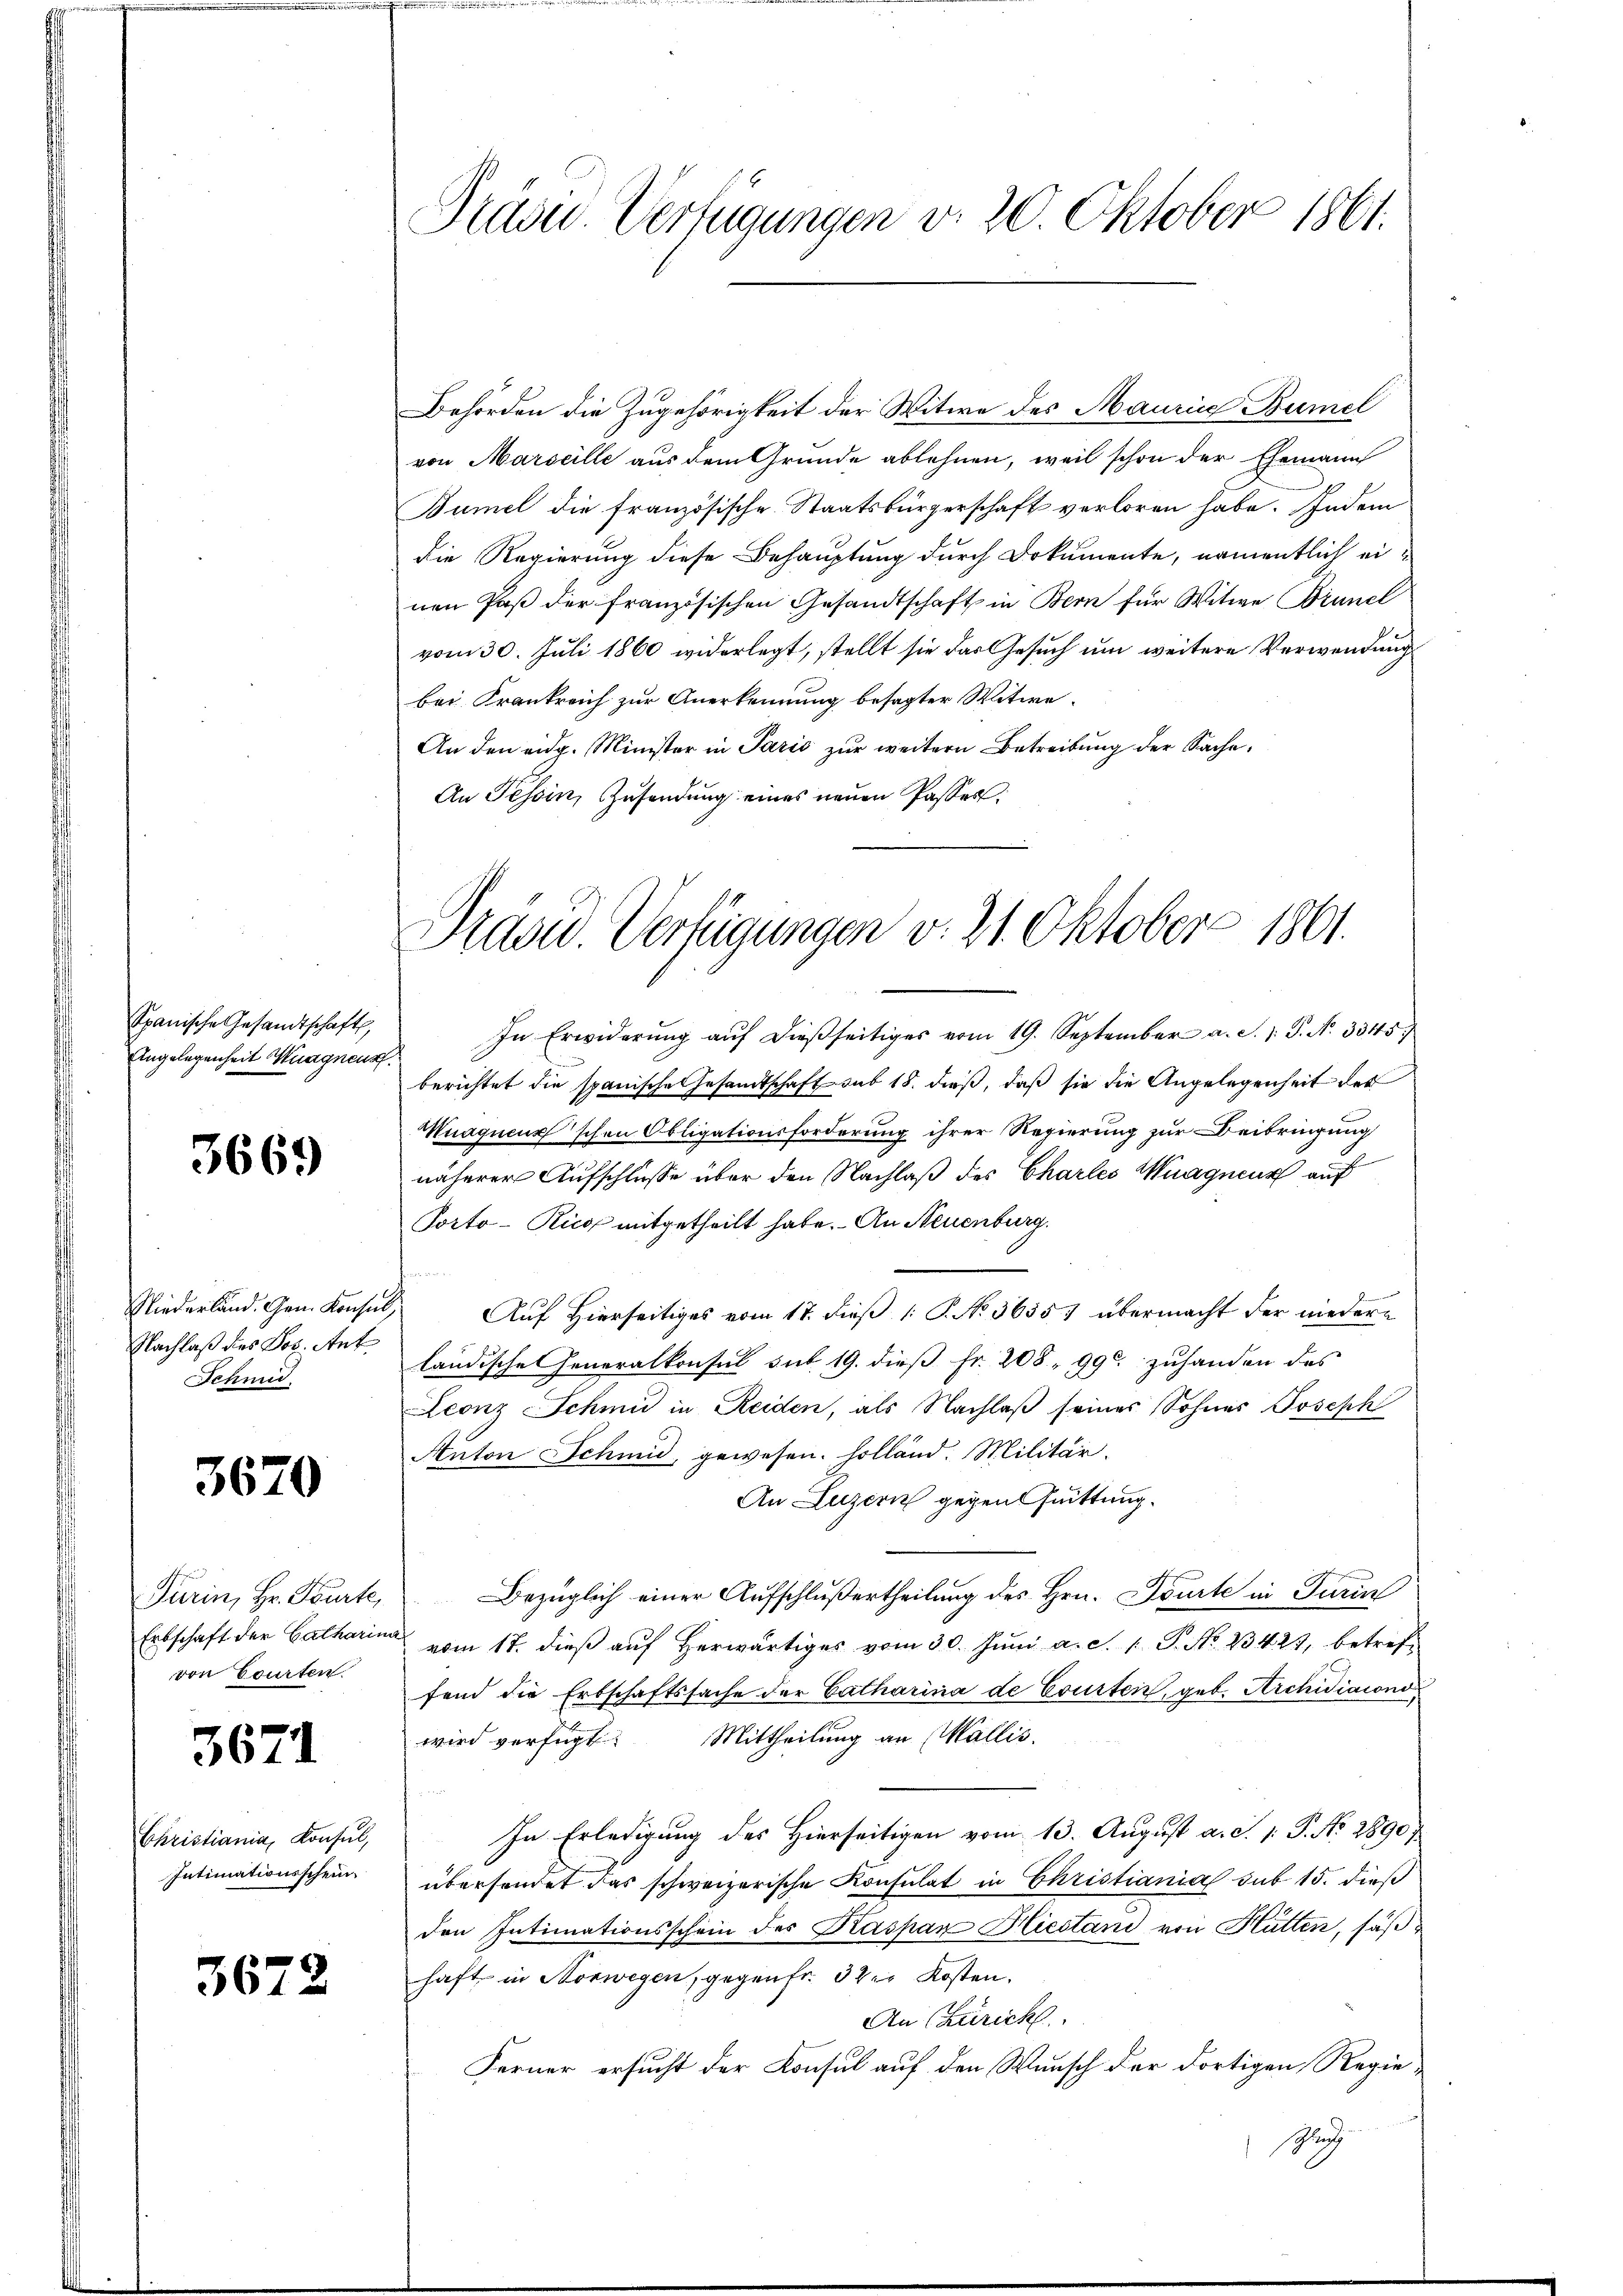
Spanische Gesandtschaft
Angelegenheit Wagnens

3669

Nachlaß des Jos. Ant
Schmid

3670

Erbschaft der Catharina
von Courten.

3671

Christiania, Konsul,
Intimationsschein.

3672

Präsid. Verfügungen v. 20. Oktober 1861.

Behörden die Zugehörigkeit der Witwe des Maurice Bümel
von Marseille aus dem Grunde ablehnen, weil schon der Ehemann
Bumel die französische Staatsbürgerschaft verloren habe. Indem
die Regierung diese Behauptung durch Dokumente, namentlich einen Paß der französischen Gesandtschaft in Bern für Witwe Brunel
vom 30. Juli 1860 widerlegt, stellt sie das Gesuch um weitere Verwendung
bei Frankreich zur Anerkennung besagter Witwe.
An den eidg. Minister in Paris zur weitern Betreibung der Sache,
An Tessin, Zŭsendŭng eines neŭen Passer

Präsid. Verfügungen v. 21. Oktober 1861.

In Erwiderŭng aŭf dießseitiges vom 19. September a. d. J. J. N. 3345.
berichtet die spanische Gesamtschaft sub 15. dieß, daß sie die Angelegenheit des
Muaqueur schon Obligationsforderung ihrer Regierung zur Beibringung
näherer Aufschlüsse über den Nachlaß des Charlei Muagneur auf
Porto-Rico mitgetheilt habe. An Neuenburg.
Niederland. Gem. Konsul, Auf Hierseitiges vom 17. dieß (: P. No. 36557 übermacht der niedere
ländische Generalkonsul sub 19. dieß Fr. 208, 990 zuhanden des
Leonz Schmid in Reiden, als Nachlaß seines Sohnes Joseph
Anton Schmid, gewesen. Holland. Militär
An Luzern gegen Quittung.
Turin, Hr. Tourte, Bezüglich einer Aufschlußertheilung des Hrn. Tourte in Turin
vom 17. dieß auf Herwärtiges vom 30. Juni a. c. 1 P. No. 23423, betreff
fend die Erbschaftssache der Catharina de Courten, geb. Archidiaconowird verfügt: Mittheilung an Wallis.
In Erledigung des Hierseitigen vom 13. August a. d. 1. P. No 2890/
übersendet das schweizerische Konsulat in Christiania sub 15. dieß
den Intimationsschein des Kaspar Hiestani von Hütten, säß
haft in Norwegen, gegen fr. 3 der Kosten.
An (Züricht.
Ferner ersucht der Konsul auf den Wunsch der dortigen Regie¬
Ge